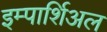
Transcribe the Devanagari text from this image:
इम्पार्शिअल